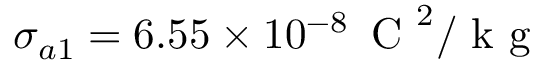
\sigma _ { a 1 } = 6 . 5 5 \times 1 0 ^ { - 8 } \, \mathrm { ~ C ~ } ^ { 2 } / \mathrm { ~ k ~ g ~ }